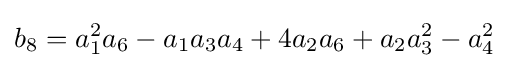
b_{8}=a_{1}^{2}a_{6}-a_{1}a_{3}a_{4}+4a_{2}a_{6}+a_{2}a_{3}^{2}-a_{4}^{2}